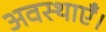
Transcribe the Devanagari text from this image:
अवस्थाएँ।